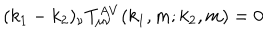
LaTeX: ( k _ { 1 } - k _ { 2 } ) _ { \nu } T _ { \mu \nu } ^ { A V } ( k _ { 1 } , m ; k _ { 2 } , m ) = 0